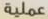
عملية